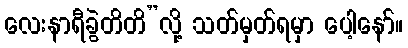
လေးနာရီခွဲတိတိ”လို့ သတ်မှတ်ရမှာ ပေါ့နော်။